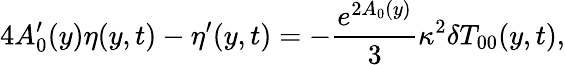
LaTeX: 4A_{0}^{\prime}(y)\eta(y,t)-\eta^{\prime}(y,t)=-\frac{e^{2A_{0}(y)}}{3}\kappa^{2}\delta T_{00}(y,t),